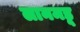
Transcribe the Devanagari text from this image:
लानमडू